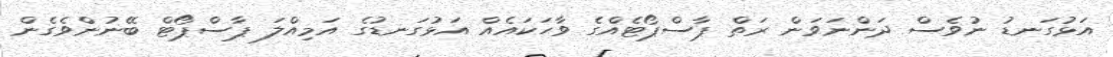
އަޅުގަނޑު ނުވެސް ދަންނަވަން ރަތް ޕާސްޕޯޓެއްގެ ވާހަކައެއް އަޅުގަނޑުގެ އަމިއްލަ ޕާސްޕޯޓް ބޭނުންވެގެން